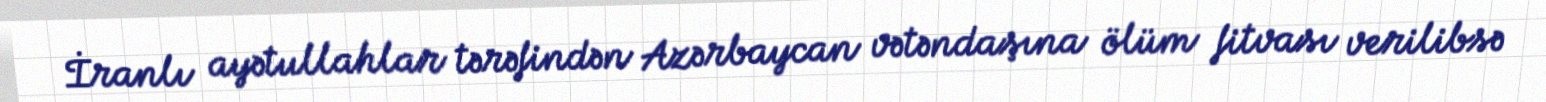
İranlı ayətullahlar tərəfindən Azərbaycan vətəndaşına ölüm fitvası verilibsə